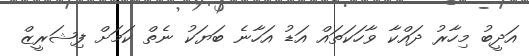
އަދީބު މިހާރު ދައްކާ ވާހަކަތައް އަޑު އަހާނެ ބަޔަކު ނެތް ކަމަށް ފިޝަރީޒް